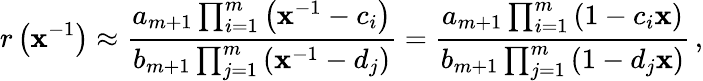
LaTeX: r\left(\mathbf{x}^{-1}\right)\approx\frac{{a_{m+1}\prod_{i=1}^{m}\left(\mathbf{x}^{-1}-c_{i}\right)}}{{b_{m+1}\prod_{j=1}^{m}\left(\mathbf{x}^{-1}-d_{j}\right)}}=\frac{{a_{m+1}\prod_{i=1}^{m}\left(1-c_{i}\mathbf{x}\right)}}{{b_{m+1}\prod_{j=1}^{m}\left(1-d_{j}\mathbf{x}\right)}}\, ,